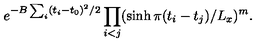
e ^ { - B \sum _ { i } ( t _ { i } - t _ { 0 } ) ^ { 2 } / 2 } \prod _ { i < j } ( \sinh \pi ( t _ { i } - t _ { j } ) / L _ { x } ) ^ { m } .